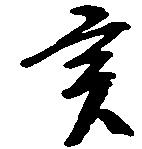
亥